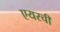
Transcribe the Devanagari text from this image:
एयरची